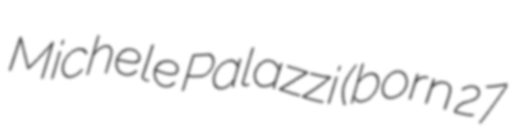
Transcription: Michele Palazzi (born 27